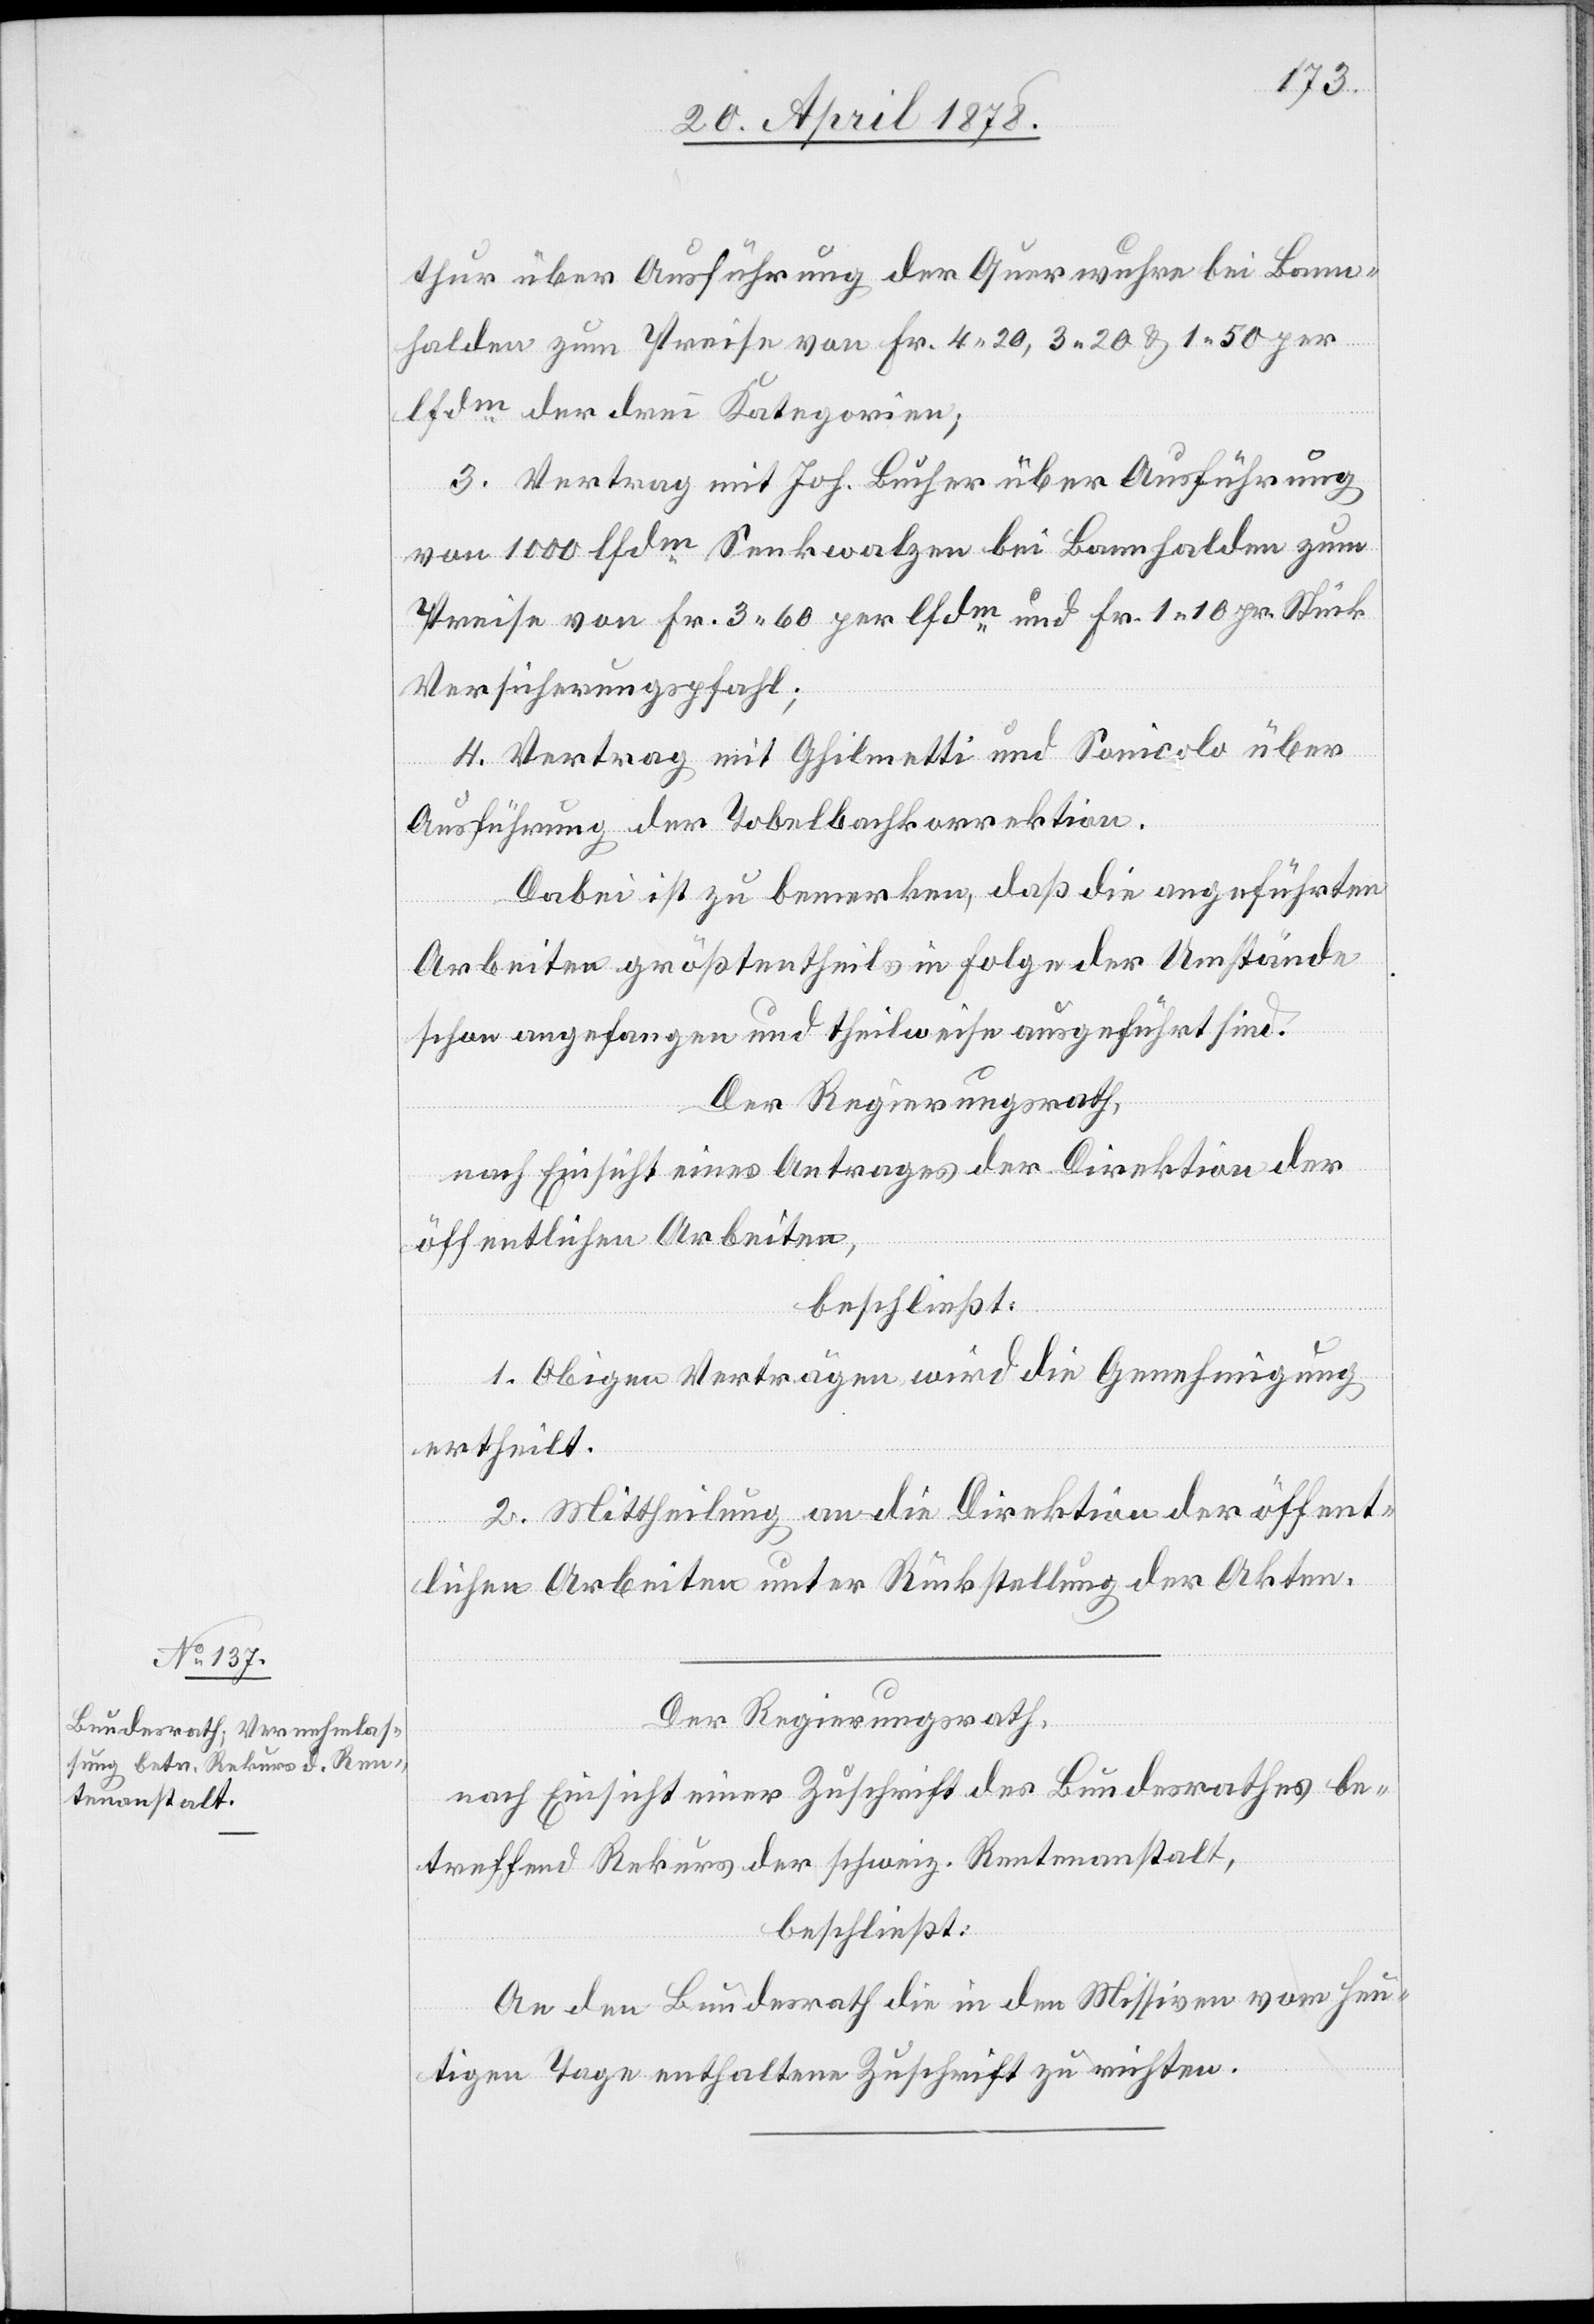
thur über Ausführung der Querwuhre bei Bann¬
halden zum Preise von Fr. 4.20, 3.20 & 1.50 per
lfdm der drei Kategorien;
3. Vertrag mit Joh. Bucher über Ausführung
von 1000 lfdm Senkwalzen bei Bannhalden zum
Preise von Fr. 3.60 per lfdm und Fr. 1.10 pr. Stück
Versicherungspfahl;
4. Vertrag mit Ghilmetti und Sonicolo über
Ausführung der Tobelbachkorrektion.
Dabei ist zu bemerken, daß die angeführten
Arbeiten größtentheils in Folge der Umstände
schon angefangen und theilweise ausgeführt sind.
Der Regierungsrath,
nach Einsicht eines Antrages der Direktion der
öffentlichen Arbeiten,
beschließt:
1. Obigen Verträgen wird die Genehmigung
ertheilt.
2. Mittheilung an die Direktion der öffent¬
lichen Arbeiten unter Rückstellung der Akten.
Der Regierungsrath,
nach Einsicht einer Zuschrift des Bundesrathes be¬
treffend Rekurs der schweiz. Rentenanstalt,
beschließt:
An den Bundesrath ist die in den Missiven vom heu¬
tigen Tage enthaltene Zuschrift zu richten.